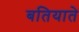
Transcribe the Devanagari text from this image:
बतियाते